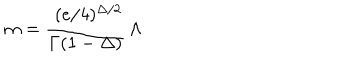
m = { \frac { \, \, ( e / 4 ) ^ { \Delta / 2 } } { \Gamma ( 1 - \Delta ) } } \, \Lambda